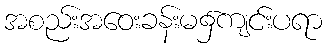
အစည်းအဝေးခန်းမ၌ကျင်းပရာ